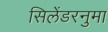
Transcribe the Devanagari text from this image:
सिलेंडरनुमा